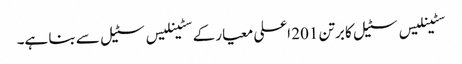
سٹینلیس سٹیل کا برتن 201 اعلی معیار کے سٹینلیس سٹیل سے بنا ہے۔